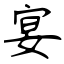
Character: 宴